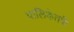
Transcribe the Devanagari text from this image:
पालिकेतर्फे